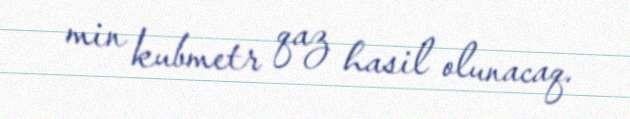
min kubmetr qaz hasil olunacaq.